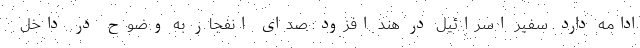
ادامه دارد. سفیر اسرائیل در هند افزود: صدای انفجار به وضوح در داخل